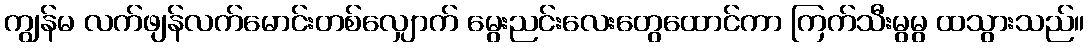
ကျွန်မ လက်ဖျန်လက်မောင်းတစ်လျှောက် မွေးညင်းလေးတွေထောင်ကာ ကြက်သီးမွမွ ထသွားသည်။